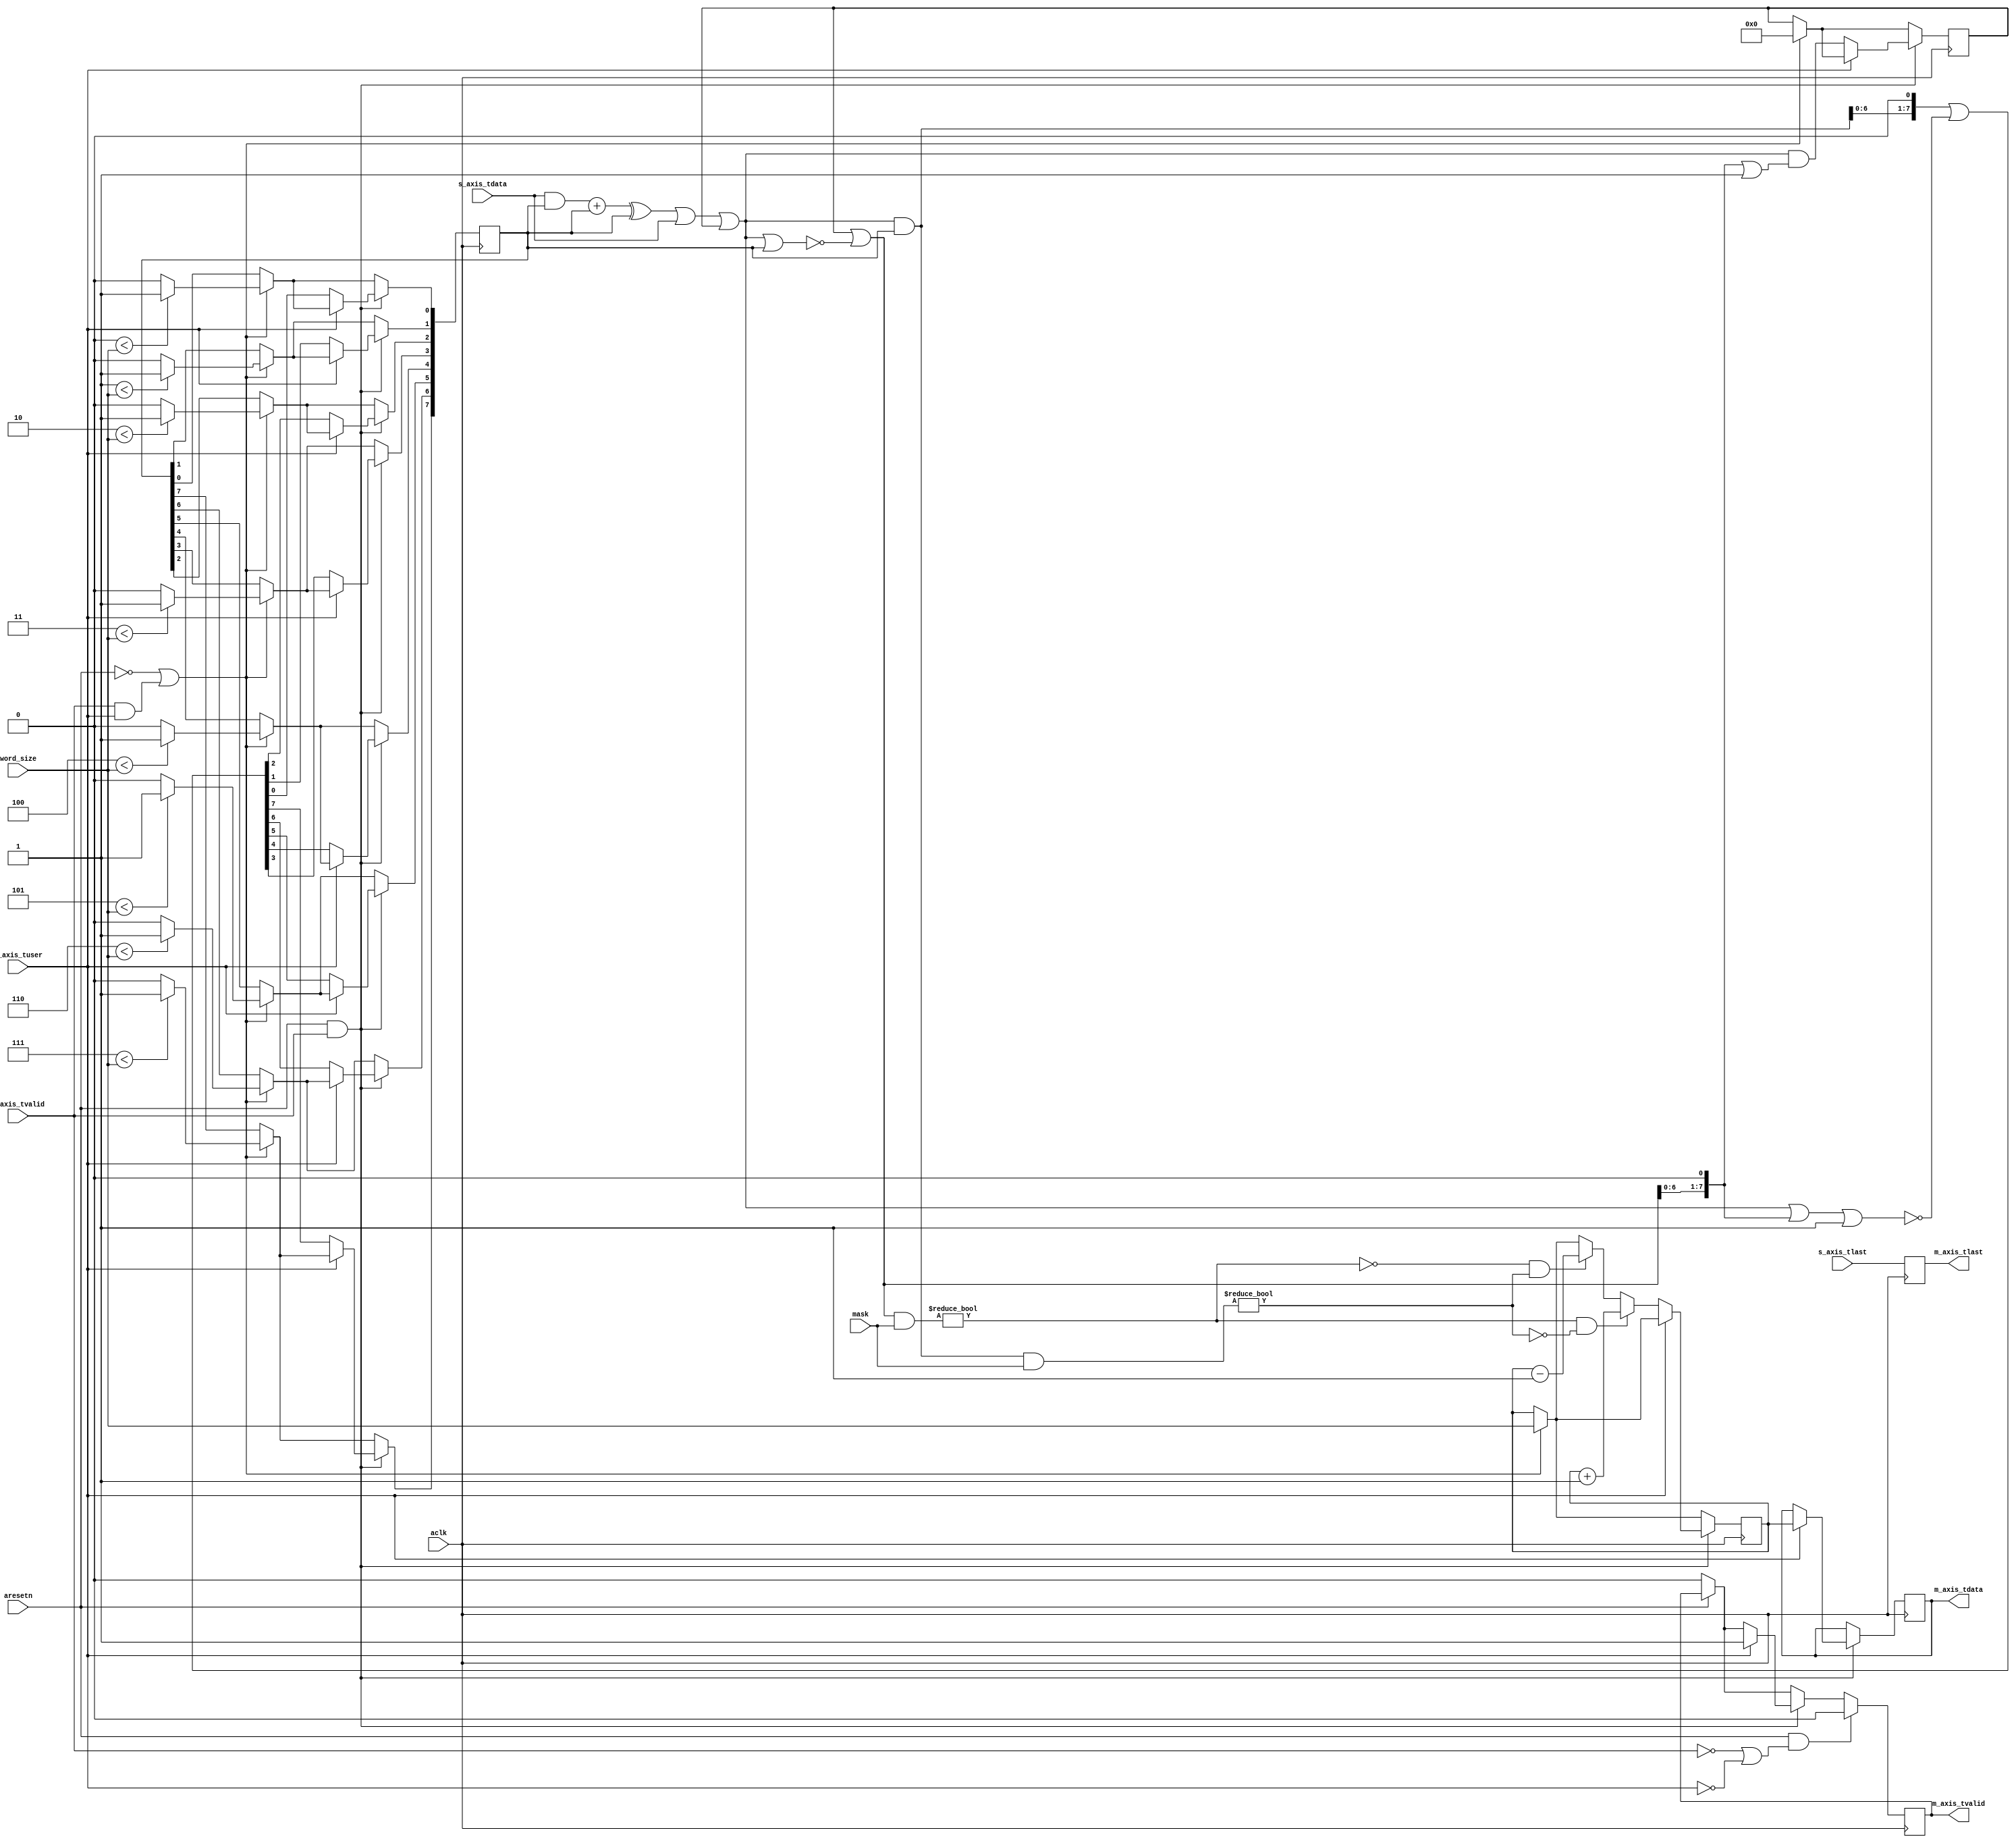
`timescale 1ns/1ps
`default_nettype none

module levenshtein
    #(
        parameter BITVECTOR_WIDTH=8,    //! Size of the bit vectors
        parameter DISTANCE_WIDTH=8      //! Size of a distance integer
    )
    (
        (* X_INTERFACE_INFO = "xilinx.com:signal:clock:1.0 aclk CLK" *)
        (* X_INTERFACE_PARAMETER = "ASSOCIATED_BUSIF M_AXIS, ASSOCIATED_RESET aresetn" *)
        input wire aclk,     //! AXI clock

        (* X_INTERFACE_INFO = "xilinx.com:signal:reset:1.0 aresetn RST" *)
        input wire aresetn,  //! AXI reset

        input wire [DISTANCE_WIDTH - 1 : 0] word_size,   //! Length of the search word
        input wire [BITVECTOR_WIDTH - 1 : 0] mask,       //! Mask of where the right most column is

        (* X_INTERFACE_INFO = "xilinx.com:interface:axis:1.0 S_AXIS TVALID" *)
        //! @virtualbus S_AXIS @dir input Output stream
        input wire s_axis_tvalid,
        (* X_INTERFACE_INFO = "xilinx.com:interface:axis:1.0 S_AXIS TDATA" *)
        input wire [BITVECTOR_WIDTH - 1 : 0] s_axis_tdata,
        (* X_INTERFACE_INFO = "xilinx.com:interface:axis:1.0 S_AXIS TUSER" *)
        input wire s_axis_tuser,
        (* X_INTERFACE_INFO = "xilinx.com:interface:axis:1.0 S_AXIS TLAST" *)
        input wire s_axis_tlast,
        //! @end

        (* X_INTERFACE_INFO = "xilinx.com:interface:axis:1.0 M_AXIS TVALID" *)
        //! @virtualbus M_AXIS @dir output Output stream
        output reg m_axis_tvalid,
        (* X_INTERFACE_INFO = "xilinx.com:interface:axis:1.0 M_AXIS TDATA" *)
        output reg [DISTANCE_WIDTH - 1 : 0] m_axis_tdata,
        (* X_INTERFACE_INFO = "xilinx.com:interface:axis:1.0 M_AXIS TLAST" *)
        output reg m_axis_tlast
        //! @end
    );

    reg [DISTANCE_WIDTH - 1 : 0] d_reg;    //! Storage register for distance
    wire [DISTANCE_WIDTH - 1 : 0] d_prev;  //! Distance from previous cycle

    reg [BITVECTOR_WIDTH - 1 : 0] hp_reg;   //! Storage register for hozitonal positive
    reg [BITVECTOR_WIDTH - 1 : 0] hn_reg;   //! Storage register for horizontal negative
    wire [BITVECTOR_WIDTH - 1 : 0] hp;      //! Horizontal positive, a 1 indicates that the cell is 1 larger than the cell in the previous column
    wire [BITVECTOR_WIDTH - 1 : 0] hn;      //! Horizontal negative, a 1 indicates that the cell is 1 smaller than the cell in the previous column
    wire [BITVECTOR_WIDTH - 1 : 0] hp_prev; //! Horizontal positive for previous column
    wire [BITVECTOR_WIDTH - 1 : 0] hn_prev; //! Horizontal negative for previous column

    wire [BITVECTOR_WIDTH - 1 : 0] vp; //! Vertical positive, a 1 indicates that the cell is 1 larger than the cell in the previous row
    wire [BITVECTOR_WIDTH - 1 : 0] vn; //! Vertical negative, a 1 indicates that the cell is 1 smaller than the cell in the previous row

    wire [BITVECTOR_WIDTH - 1 : 0] d0; //! Diagonal zero, a 1 indicates that the cell is identical to the cell in the previous column in the previous row
    wire [BITVECTOR_WIDTH - 1 : 0] pm; //! Pattern match, a 1 indicates that the current letter is found at that location of the search word

    wire increment; // Indicates if the distance needs to be incremented
    wire decrement; // Indicates if the distance needs to be decremented

    integer i;
    genvar j;

    assign hp_prev = hp_reg;
    assign hn_prev = hn_reg;
    assign d_prev = d_reg;
    assign pm = s_axis_tdata;

    // d0[j] = (((pm[j] & hp[j - 1]) + hp[j - 1]) ^ hp[j - 1]) | pm[j] | hn[j - 1]
    assign d0 = (((pm & hp_prev) + hp_prev) ^ hp_prev) | pm | hn_prev;

    // vp[j] = hn[j - 1] | ~(d0[j] | hp[j - 1])
    assign vp = hn_prev | ~(d0 | hp_prev);

    // vn[j] = d0[j] & hp[j - 1]
    assign vn = d0 & hp_prev;

    // hp[j] = (vn[j] << 1) | ~(d0[j] | (vp[j] << 1))
    assign hp = (vn << 1) | ~(d0 | (vp << 1) | 1'b1);

    // hn[j] = (d0[j] >> 1) & vp[j]
    assign hn = d0 & ((vp << 1) | 1'b1);

    assign increment = (vp & mask) != {BITVECTOR_WIDTH{1'b0}};
    assign decrement = (vn & mask) != {BITVECTOR_WIDTH{1'b0}};

    always @ (posedge aclk) begin
        m_axis_tlast <= s_axis_tlast;
        
        if (s_axis_tvalid) begin
            //$display("mask=%b increment=%b decrement=%b aresetn=%b s_axis_tvalid=%b s_axis_tuser=%b d_prev=%d hp_prev=%b hn_prev=%b | pm=%b vp=%b vn=%b hp=%b hn=%b d0=%b", mask, increment, decrement, aresetn, s_axis_tvalid, s_axis_tuser, d_prev, hp_prev, hn_prev, pm, vp, vn, hp, hn, d0);
        end

        if (!aresetn) begin
            m_axis_tvalid <= 1'b0;
        end

        if (!aresetn || (s_axis_tvalid && s_axis_tuser)) begin
            // Next transfer is first character of new word
            // d[0] = word_size
            d_reg <= word_size;

            // hp[0] = 111111
            for (i = 0; i != BITVECTOR_WIDTH; i = i + 1) begin
                hp_reg[i] <= i < word_size ? 1'b1 : 1'b0; // This can probably be written in a more optimal better
            end

            // hn[0] = 000000
            hn_reg <= {BITVECTOR_WIDTH{1'b0}};
        end

        if (aresetn && s_axis_tvalid) begin
            if (s_axis_tuser) begin
                m_axis_tvalid <= 1'b1;
                m_axis_tdata <= d_reg;
            end else begin
                if (increment && !decrement) begin
                    d_reg <= d_prev + 1;
                end else if (!increment && decrement) begin
                    d_reg <= d_prev - 1;
                end

                hp_reg <= hp;
                hn_reg <= hn;
            end
        end

        if (aresetn && (!s_axis_tvalid || !s_axis_tuser)) begin
            m_axis_tvalid <= 1'b0;
        end
    end
endmodule